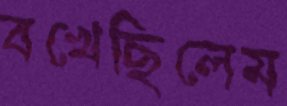
বখেছিলেম